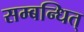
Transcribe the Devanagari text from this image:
सम्बन्धित्